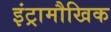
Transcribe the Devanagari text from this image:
इंट्रामौखिक